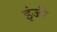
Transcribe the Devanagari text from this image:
इंजी